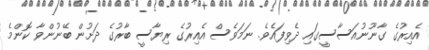
އެއިރުގެ ގާނޫނުއަސާސީގައި ދެވިފައެވެ. ނަމަވެސް އެއިރުގެ ރިޔާސީ ބާރުގެ ދަށުން ބޭނުންވާ ކޮންމެ